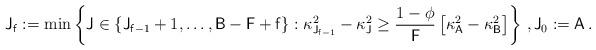
LaTeX: \begin{align*}\mathsf{J}_{\mathsf{f}}:=\min\left\{\mathsf{J}\in\{\mathsf{J}_{\mathsf{f}-1}+1,\dots,\mathsf{B}-\mathsf{F}+\mathsf{f}\}:{\kappa_{\mathsf{J}_{\mathsf{f}-1}}^2-\kappa_{\mathsf{J}}^2}\geq\frac{1-\phi}{\mathsf{F}}\,\big[{\kappa_{\mathsf{A}}^2-\kappa^2_{\mathsf{B}}}\big]\right\}\,,\mathsf{J}_{0}:=\mathsf{A}\,.\end{align*}